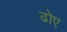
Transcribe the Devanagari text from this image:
ढोए